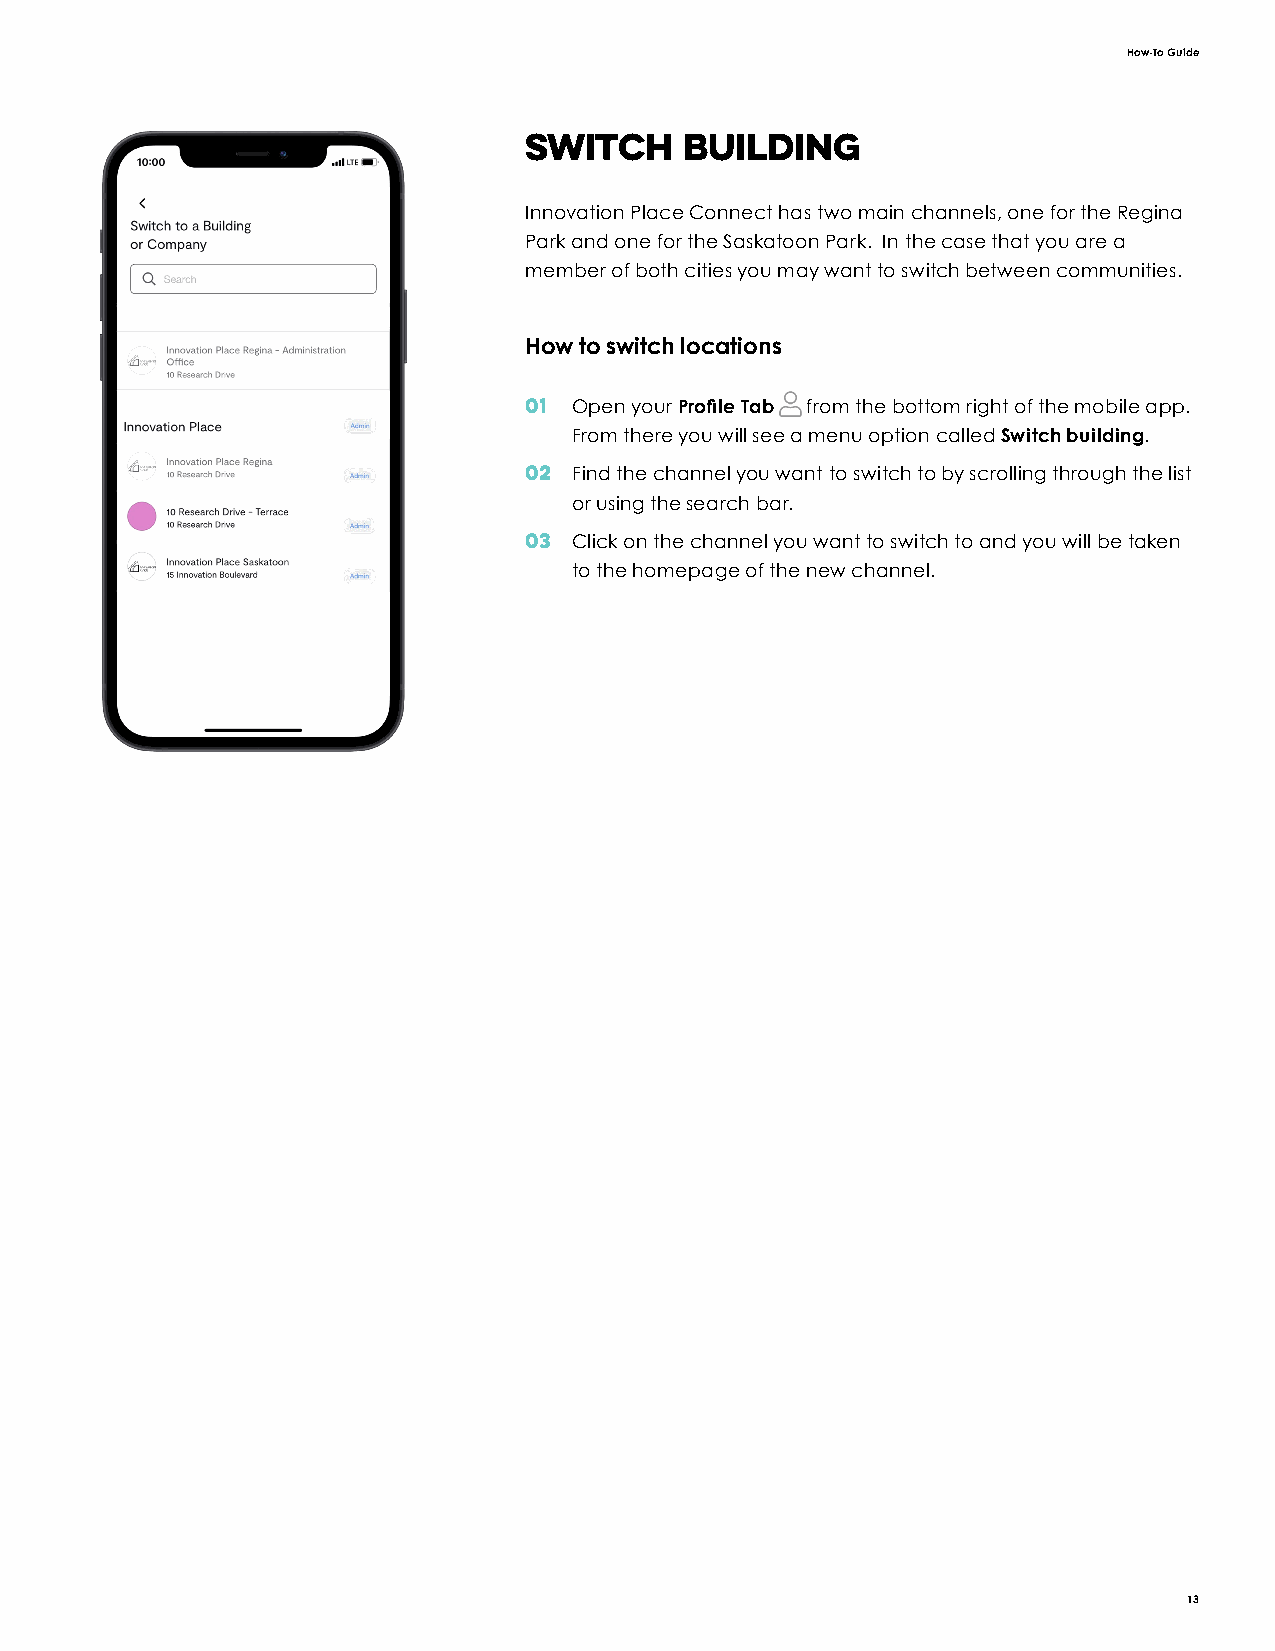
How-To Guide
 Switch    Building
 Innovation Place Connect has two main channels, one for the Regina
 Park and one for the Saskatoon Park. In the case that you are a
 member of both cities you may want to switch between communities.
 How to switch locations
 01 Open your Profile Tab from the bottom right of the mobile app.
 From there you will see a menu option called Switch building.
 02 Find the channel you want to switch to by scrolling through the list
 or using the search bar.
 03 Click on the channel you want to switch to and you will be taken
 to the homepage of the new channel.
 13